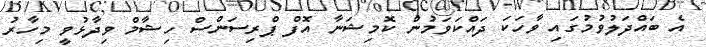
އެ ބައްދަލުވުމުގައި ވާހަކަ ދައްކަވަމުން ކޮމިޝަނާ އޮފް ޕްރިސަންސް ހިޝާމް ވިދާޅުވީ މިހާރު